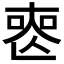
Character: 𠷔